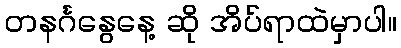
တနင်္ဂနွေနေ့ ဆို အိပ်ရာထဲမှာပါ။